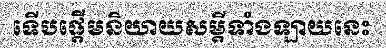
ទើបផ្តើមនិយាយសម្តីទាំងឡាយនេះ